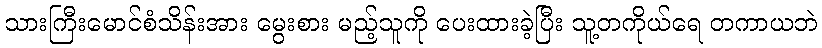
သားကြီးမောင်စံသိန်းအား မွေးစား မည့်သူကို ပေးထားခဲ့ပြီး သူ့တကိုယ်ရေ တကာယဘဲ